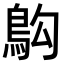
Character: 𫚱